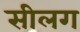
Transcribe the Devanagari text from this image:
सीलग